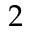
2